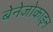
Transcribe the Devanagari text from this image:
बेनेजोकाइन